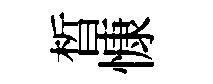
晳慷